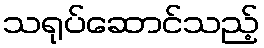
သရုပ်ဆောင်သည့်